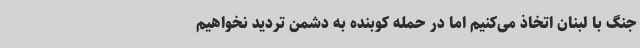
جنگ با لبنان اتخاذ می‌کنیم اما در حمله کوبنده به دشمن تردید نخواهیم